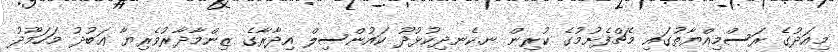
މިއަދުގެ ރަސްމިއްޔާތުގައި މެޗްފެށުމުގެ ކުރިން ނ.ކެނދިކުޅުދޫ ކައުންސިލް އިދާރާގެ ޒިންމާދާރުވެރިޔާ ޢަބުދު މަހަމޫދު